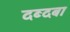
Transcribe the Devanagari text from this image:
दब्दबा